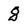
Character: 8